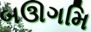
બઊગમિ